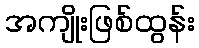
အကျိုးဖြစ်ထွန်း